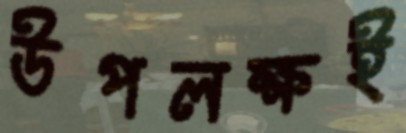
উপলক্ষই